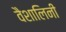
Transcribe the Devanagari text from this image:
वैशालिनी